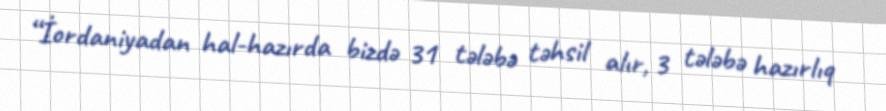
“İordaniyadan hal-hazırda bizdə 31 tələbə təhsil alır, 3 tələbə hazırlıq